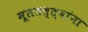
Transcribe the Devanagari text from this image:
मूलतत्त्वांना